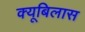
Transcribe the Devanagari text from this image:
क्यूबिलास